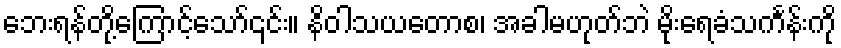
ဘေးရန်တို့ကြောင့်သော်၎င်း။ နိဝါသယတောစ၊ အခါမဟုတ်ဘဲ မိုးရေခံသင်္ကန်းကို